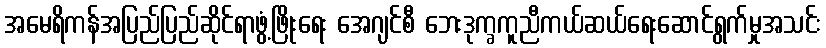
အမေရိကန်အပြည်ပြည်ဆိုင်ရာဖွံ့ဖြိုးရေး အေဂျင်စီ ဘေးဒုက္ခကူညီကယ်ဆယ်ရေးဆောင်ရွက်မှုအသင်း